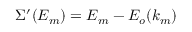
\Sigma ^ { \prime } ( E _ { m } ) = E _ { m } - E _ { o } ( k _ { m } )